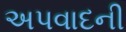
અપવાદની